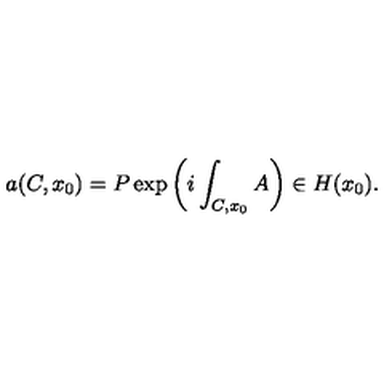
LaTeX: a ( C , x _ { 0 } ) = P \exp \left( i \int _ { C , x _ { 0 } } A \right) \in H ( x _ { 0 } ) .